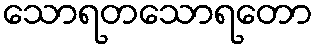
သောရတသောရတော